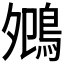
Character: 𪀈